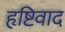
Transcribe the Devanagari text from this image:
हृष्टिवाद